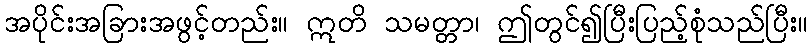
အပိုင်းအခြားအဖွင့်တည်း။ ဣတိ သမတ္တာ၊ ဤတွင်၍ပြီးပြည့်စုံသည်ပြီး။